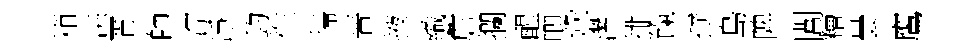
箱洪胥師淙凈釣徃掃晋掖織詹攔醒唧鞏濳排餼撻島陴閭糟曇鷹